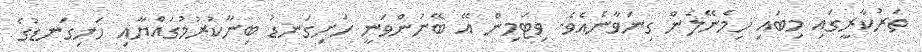
ތަރުކާރީގައި މިބައި ހިމެނޭލެން ގިނަވާނެއެވެ. ވިޓަމިން އޭ ބޭނުންވަނީ ހަށިގަނޑު ބިނާކުރުމުގައްޔާއި ހަށިގަނޑުގެ